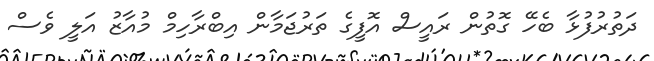
ދަތުރުފުޅާ ބެހޭ ގޮތުން ރައީސް އޮފީގެ ތަރުޖަމާން އިބްރާހިމް މުއާޒު އަލީ ވެސް